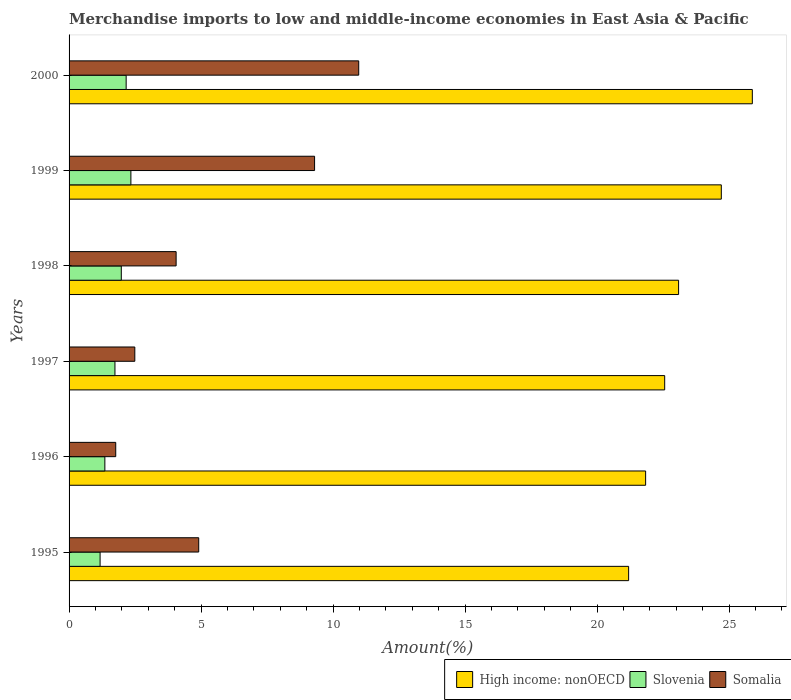
| Years | High income: nonOECD | Slovenia | Somalia |
 | --- | --- | --- | --- |
 | 1995 | 21.2 | 1.17 | 4.91 |
 | 1996 | 21.8 | 1.36 | 1.77 |
 | 1997 | 22.6 | 1.74 | 2.49 |
 | 1998 | 23.1 | 1.98 | 4.05 |
 | 1999 | 24.7 | 2.34 | 9.3 |
 | 2000 | 25.9 | 2.16 | 11 |